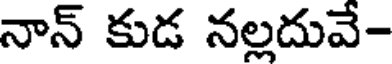
నాన్ కుడ నల్లదువే-